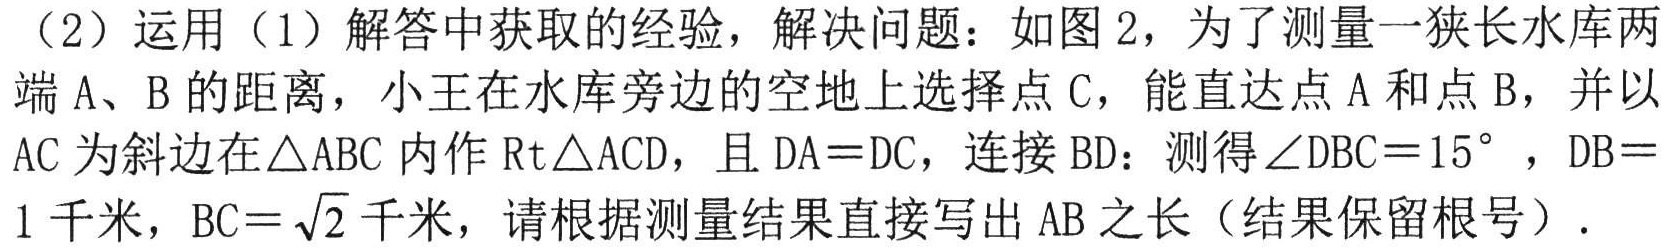
（2）运用（1）解答中获取的经验，解决问题：如图2，为了测量一狭长水库两端A、B的距离，小王在水库旁边的空地上选择点C，能直达点A和点B，并以AC为斜边在\(\triangle ABC\)内作\(Rt\triangle ACD\)，且\(DA = DC\)，连接BD：测得\(\angle DBC = 15^{\circ}\)，\(DB = 1\)千米，\(BC=\sqrt{2}\)千米，请根据测量结果直接写出AB之长（结果保留根号）.